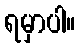
ရမှာပါ။